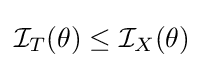
{\mathcal {I}}_{T}(\theta )\leq {\mathcal {I}}_{X}(\theta )